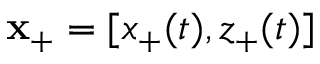
\mathbf { x _ { + } } = [ x _ { + } ( t ) , z _ { + } ( t ) ]